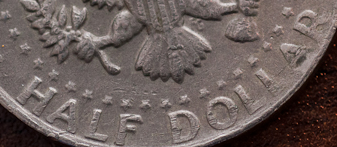
HALF DOLLAR